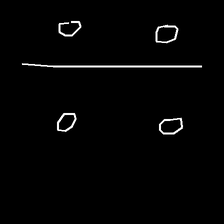
Glyph: cool